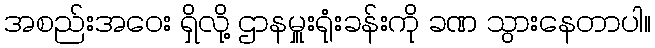
အစည်းအဝေး ရှိလို့ ဌာနမှူးရုံးခန်းကို ခဏ သွားနေတာပါ။